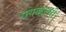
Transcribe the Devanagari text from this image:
रायव्हलरी